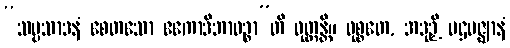
“သမ္ပသာဒနံ စေတသော ဧကောဒိဘာဝဉ္စာ”တိ ဝုတ္တန္တိ။ ဝုစ္စတေ, အဒုဉှိ ပဌမဇ္ဈာနံ